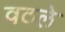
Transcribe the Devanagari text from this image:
वठले